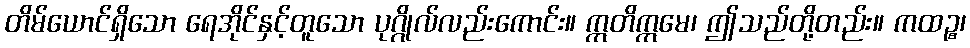
တိမ်ယောင်ရှိသော ရေအိုင်နှင့်တူသော ပုဂ္ဂိုလ်လည်းကောင်း။ ဣတိဣမေ၊ ဤသည်တို့တည်း။ ကထဉ္စ၊